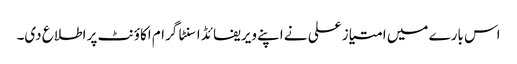
اس بارے میں امتیاز علی نے اپنے ویریفائڈ اسنٹا گرام اکاؤنٹ پر اطلاع دی۔